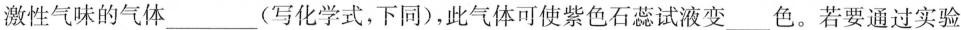
激性气味的气体___(写化学式，下同)，此气体可使紫色石蕊试液变___色。若要通过实验